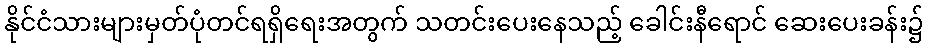
နိုင်ငံသားများမှတ်ပုံတင်ရရှိရေးအတွက် သတင်းပေးနေသည့် ခေါင်းနီရောင် ဆေးပေးခန်း၌